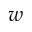
w